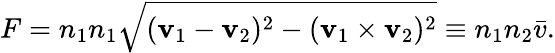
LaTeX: F=n_{1}n_{1}{\sqrt{(\mathbf{v}_{1}-\mathbf{v}_{2})^{2}-(\mathbf{v}_{1}\times\mathbf{v}_{2})^{2}}}\equiv n_{1}n_{2}{\bar{v}}.